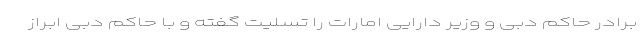
برادر حاکم دبی و وزیر دارایی امارات را تسلیت گفته و با حاکم دبی ابراز